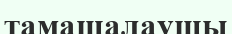
тамашалаушы